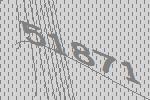
51871